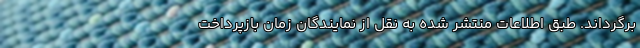
برگرداند. طبق اطلاعات منتشر شده به نقل از نمایندگان زمان بازپرداخت